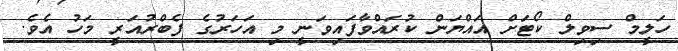
ހަލީމް ސިވިލް ކޯޓަށް އައްޔަން ކުރައްވާފައިވަނީ މި އަހަރުގެ ފެބްރުއަރީ މަހު އެވެ.